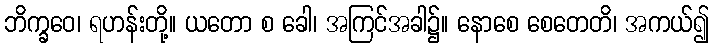
ဘိက္ခဝေ၊ ရဟန်းတို့။ ယတော စ ခေါ၊ အကြင်အခါ၌။ နောစေ စေတေတိ၊ အကယ်၍